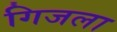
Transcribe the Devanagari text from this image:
गिजला